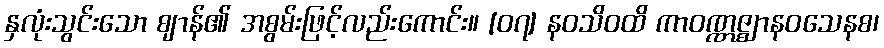
နှလုံးသွင်းသော ဈာန်၏ အစွမ်းဖြင့်လည်းကောင်း။ [၀၇] နဝသိဝထိ ကာဝဏ္ဏဇ္ဈာနဝသေနစ၊